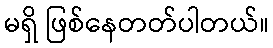
မရှိ ဖြစ်နေတတ်ပါတယ်။